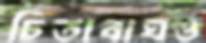
চিতাবাঘও